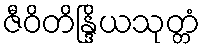
ဇီဝိတိန္ဒြိယသုတ္တံ